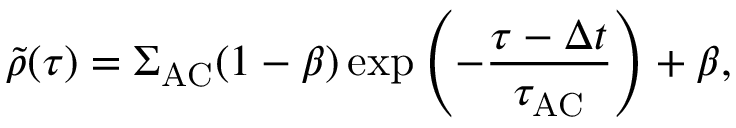
\tilde { \rho } ( \tau ) = \Sigma _ { \mathrm { A C } } ( 1 - \beta ) \exp { \left( - \frac { \tau - \Delta t } { \tau _ { \mathrm { A C } } } \right) } + \beta ,